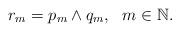
LaTeX: \begin{align*}r_m=p_m\wedge q_m,~~m\in\mathbb{N}. \end{align*}